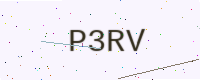
Text: P3RV